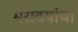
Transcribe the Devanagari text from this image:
मराठयांचा